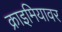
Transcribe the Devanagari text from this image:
क्राइमियावर